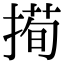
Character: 㨚